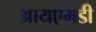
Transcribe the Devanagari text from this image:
आयएमडी